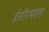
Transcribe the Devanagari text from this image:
ईसीएमएस